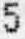
5